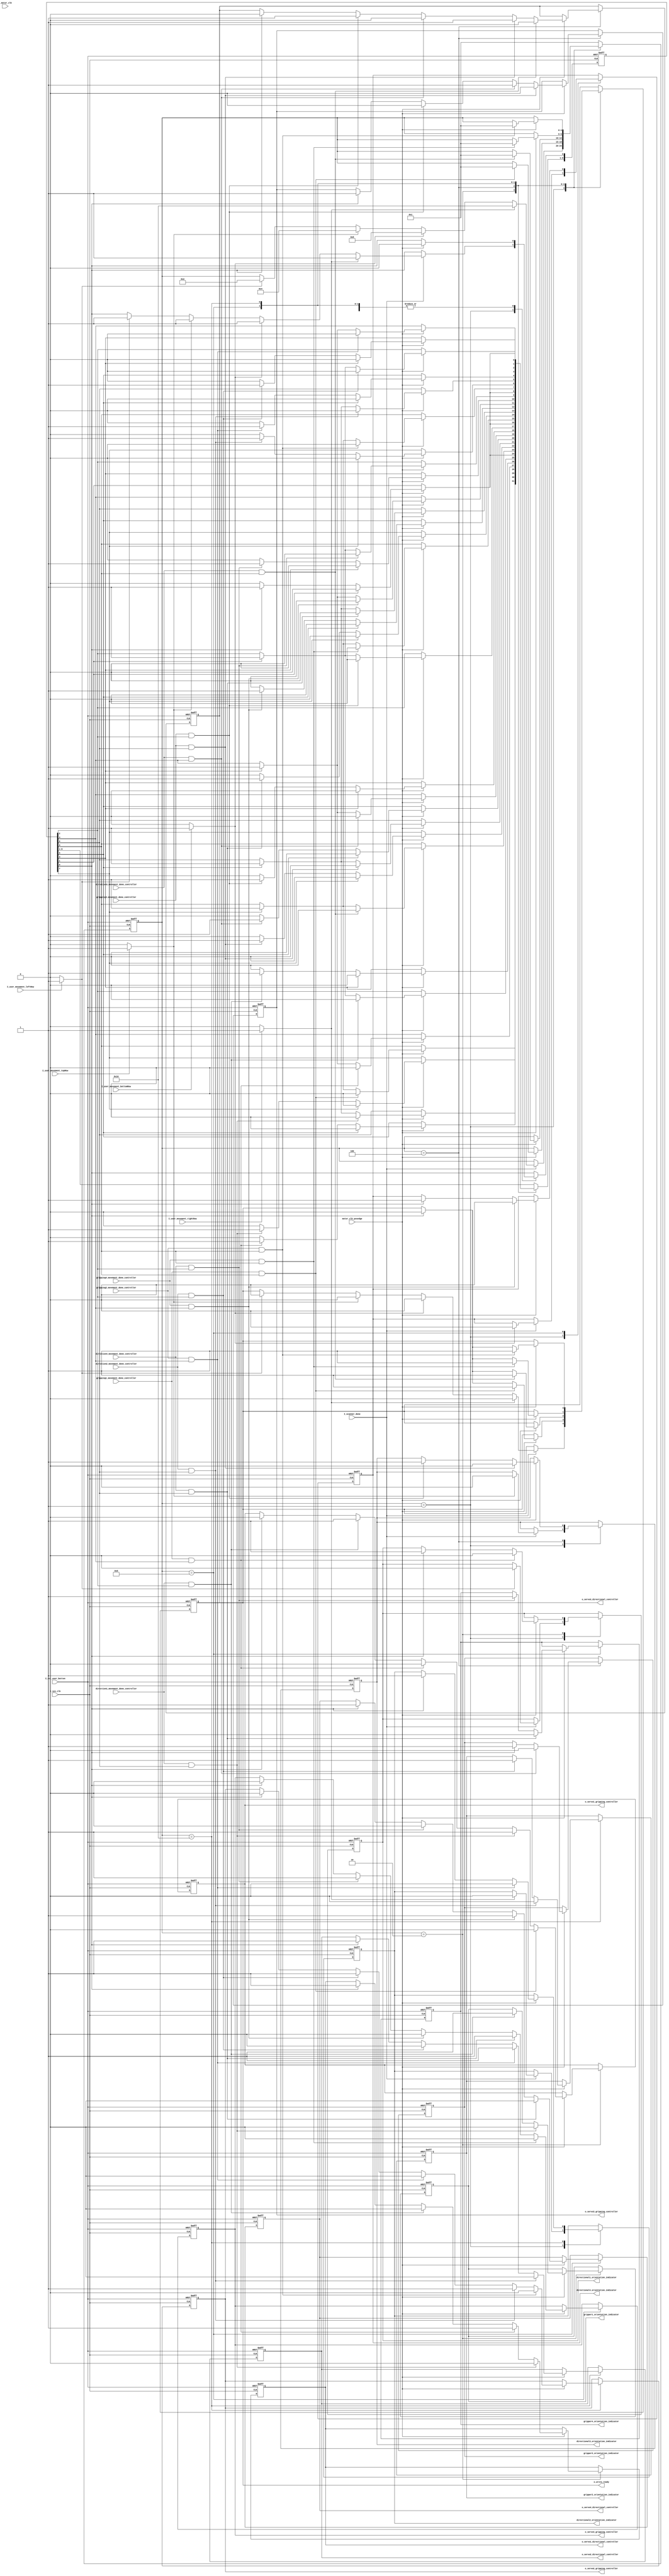
`timescale 1ns / 1ps
//////////////////////////////////////////////////////////////////////////////////
// Company: 
// Engineer: 
// 
// Design Name: 
// Module Name: user_controller
// Project Name: 
// Target Devices: 
// Tool Versions: 
// Description: 
// 
// Dependencies: 

// left column   top row  right column
    //       // // //     //
    //                    //
    //                    //
//           // // //
//           bottom row    
 
// Revision:
// Revision 0.01 - File Created

//////////////////////////////////////////////////////////////////////////////////
module user_controller
(
    input I_sys_clk,
    input I_motor_clk,
    input motor_clk_posedge,
    input I_scanner_done,
    input I_rst_user_button,
    input I_user_movement_leftRow,
    input I_user_movement_rightRow,
    input I_user_movement_topRow,
    input I_user_movement_bottomRow,

    input direction1_movement_done_controller,
    input direction2_movement_done_controller,
    input direction3_movement_done_controller,
    input direction4_movement_done_controller,
    input gripping1_movement_done_controller,
    input gripping2_movement_done_controller,
    input gripping3_movement_done_controller,
    input gripping4_movement_done_controller,

    output reg o_write_ready,
    output reg gripper1_orientation_indicator      = 0,
    output reg gripper2_orientation_indicator      = 0,
    output reg gripper3_orientation_indicator      = 0,
    output reg gripper4_orientation_indicator      = 0,
    output reg directional1_orientation_indicator  = 0,
    output reg directional2_orientation_indicator  = 0,
    output reg directional3_orientation_indicator  = 0,
    output reg directional4_orientation_indicator  = 0,
    output reg o_servo1_directional_controller     = 0,
    output reg o_servo2_directional_controller     = 0,
    output reg o_servo3_directional_controller     = 0,
    output reg o_servo4_directional_controller     = 0,
    output reg o_servo1_gripping_controller        = 0,
    output reg o_servo2_gripping_controller        = 0,
    output reg o_servo3_gripping_controller        = 0,
    output reg o_servo4_gripping_controller        = 0
);

//------------------------------------------------------------------------------------

parameter STATE_IDLE            = 5'b00001;
parameter STATE_LEFT_MOVEMENT   = 5'b00010;
parameter STATE_TOP_MOVEMENT    = 5'b00100;
parameter STATE_BOTTOM_MOVEMENT = 5'b01000;
parameter STATE_RIGHT_MOVEMENT  = 5'b10000;

//------------------------------------------------------------------------------------

assign leftRow      = (I_user_movement_leftRow)   ? 1 : 0;
assign rightRow     = (I_user_movement_rightRow)  ? 1 : 0;
assign topRow       = (I_user_movement_topRow)    ? 1 : 0;
assign bottomRow    = (I_user_movement_bottomRow) ? 1 : 0;
assign mtr_clk      = I_motor_clk;
assign scanner_done = I_scanner_done;

//------------------------------------------------------------------------------------

reg [8:0] key;
reg [8:0] key_next;
reg [4:0] current_state,current_state_next;
reg       o_write_ready_next;

reg       gripper1_orientation_indicator_next;
reg       gripper2_orientation_indicator_next;
reg       gripper3_orientation_indicator_next;
reg       gripper4_orientation_indicator_next;
reg       directional1_orientation_indicator_next;
reg       directional2_orientation_indicator_next;
reg       directional3_orientation_indicator_next;
reg       directional4_orientation_indicator_next;
reg       o_servo1_gripping_controller_next;
reg       o_servo2_gripping_controller_next;
reg       o_servo3_gripping_controller_next;
reg       o_servo4_gripping_controller_next;
reg       o_servo1_directional_controller_next;
reg       o_servo2_directional_controller_next;
reg       o_servo3_directional_controller_next;
reg       o_servo4_directional_controller_next;

//---------------------Sequential Logic----------------------------------------------
always@(posedge I_sys_clk or posedge I_rst_user_button)
begin
    if(I_rst_user_button)
    begin

        o_servo1_gripping_controller       <= 0;
        o_servo2_gripping_controller       <= 0;
        o_servo3_gripping_controller       <= 0;
        o_servo4_gripping_controller       <= 0;
        o_servo1_directional_controller    <= 0;
        o_servo2_directional_controller    <= 0;
        o_servo3_directional_controller    <= 0;
        o_servo4_directional_controller    <= 0;
        gripper1_orientation_indicator     <= 0; // 0 = initially closed
        gripper2_orientation_indicator     <= 0; // 0 = initially closed
        gripper3_orientation_indicator     <= 0; // 0 = initially opened
        gripper4_orientation_indicator     <= 0; // 0 = initially closed
        directional1_orientation_indicator <= 0;
        directional2_orientation_indicator <= 0;
        directional3_orientation_indicator <= 0;
        directional4_orientation_indicator <= 0;
        key[0]                             <= 0;
        key[1]                             <= 0;
        key[2]                             <= 0;
        key[3]                             <= 0;
        key[4]                             <= 0;
        key[5]                             <= 0;
        key[6]                             <= 0;
        key[7]                             <= 0;
        key[8]                             <= 0;
        o_write_ready                      <= 1;
        current_state                      <= STATE_IDLE;

    end
    else
    begin
        o_servo1_gripping_controller           <= o_servo1_gripping_controller_next;
        o_servo2_gripping_controller           <= o_servo2_gripping_controller_next;
        o_servo3_gripping_controller           <= o_servo3_gripping_controller_next;
        o_servo4_gripping_controller           <= o_servo4_gripping_controller_next;
        o_servo1_directional_controller        <= o_servo1_directional_controller_next;
        o_servo2_directional_controller        <= o_servo2_directional_controller_next;
        o_servo3_directional_controller        <= o_servo3_directional_controller_next;
        o_servo4_directional_controller        <= o_servo4_directional_controller_next;
        gripper1_orientation_indicator         <= gripper1_orientation_indicator_next;
        gripper2_orientation_indicator         <= gripper2_orientation_indicator_next;
        gripper3_orientation_indicator         <= gripper3_orientation_indicator_next;
        gripper4_orientation_indicator         <= gripper4_orientation_indicator_next;
        directional1_orientation_indicator     <= directional1_orientation_indicator_next;
        directional2_orientation_indicator     <= directional2_orientation_indicator_next;
        directional3_orientation_indicator     <= directional3_orientation_indicator_next;
        directional4_orientation_indicator     <= directional4_orientation_indicator_next;
        key[0]                                 <= key_next[0];
        key[1]                                 <= key_next[1];
        key[2]                                 <= key_next[2];
        key[3]                                 <= key_next[3];
        key[4]                                 <= key_next[4];
        key[5]                                 <= key_next[5];
        key[6]                                 <= key_next[6];
        key[7]                                 <= key_next[7];
        key[8]                                 <= key_next[8];
        o_write_ready                          <= o_write_ready_next;
        current_state                          <= current_state_next;

    end
end

//-------------------------Combinatorial Logic--------------------------------------------
always@(*)
begin
    o_servo1_gripping_controller_next          = o_servo1_gripping_controller;
    o_servo2_gripping_controller_next          = o_servo2_gripping_controller;
    o_servo3_gripping_controller_next          = o_servo3_gripping_controller;
    o_servo4_gripping_controller_next          = o_servo4_gripping_controller;
    o_servo1_directional_controller_next       = o_servo1_directional_controller;
    o_servo2_directional_controller_next       = o_servo2_directional_controller;
    o_servo3_directional_controller_next       = o_servo3_directional_controller;
    o_servo4_directional_controller_next       = o_servo4_directional_controller;
    gripper1_orientation_indicator_next        = gripper1_orientation_indicator;
    gripper2_orientation_indicator_next        = gripper2_orientation_indicator;
    gripper3_orientation_indicator_next        = gripper3_orientation_indicator;
    gripper4_orientation_indicator_next        = gripper4_orientation_indicator;
    directional1_orientation_indicator_next    = directional1_orientation_indicator;
    directional2_orientation_indicator_next    = directional2_orientation_indicator;
    directional3_orientation_indicator_next    = directional3_orientation_indicator;
    directional4_orientation_indicator_next    = directional4_orientation_indicator;
    key_next[0]                                = key[0];
    key_next[1]                                = key[1];
    key_next[2]                                = key[2];
    key_next[3]                                = key[3];
    key_next[4]                                = key[4];
    key_next[5]                                = key[5];
    key_next[6]                                = key[6];
    key_next[7]                                = key[7];
    key_next[8]                                = key[8];
    o_write_ready_next                         = o_write_ready;
    current_state_next                         = current_state;

    case(current_state)
    //------------------------------------------------------------------------------------
    STATE_IDLE: //00001
    begin
        if(scanner_done == 1)
        begin

            if(leftRow == 1)
            begin
                directional1_orientation_indicator_next    = 0;
                o_write_ready_next                         = 0;
                key_next[0]                                = 1;
                current_state_next                         = STATE_LEFT_MOVEMENT;

            end

            if(topRow == 1)
            begin
                directional3_orientation_indicator_next    = 0;
                o_write_ready_next                         = 0;
                key_next[0]                                = 1;
                current_state_next                         = STATE_TOP_MOVEMENT;

            end

            if(bottomRow == 1)
            begin
                directional4_orientation_indicator_next    = 0;
                o_write_ready_next                         = 0;
                key_next[0]                                = 1;
                current_state_next                         = STATE_BOTTOM_MOVEMENT;

            end

            if(rightRow == 1)
            begin
                directional2_orientation_indicator_next    = 0;
                o_write_ready_next                         = 0;
                key_next[0]                                = 1;
                current_state_next                         = STATE_RIGHT_MOVEMENT;
            end
        end

    end
    //------------------------------------------------------------------------------------
    STATE_LEFT_MOVEMENT: //00010
    begin
        if(motor_clk_posedge == 1)
        begin
            if(key[0] == 1)
            begin

                o_write_ready_next                         = 0;
                o_servo1_gripping_controller_next          = 0;
                o_servo1_directional_controller_next       = 1; //90 degrees right
                directional1_orientation_indicator_next    = 1;
                key_next[0]                                = 0;
                key_next[1]                                = 1;

            end

            if(key[1] == 1)
            begin

                key_next[1] = 0;
                key_next[2] = 1;

            end

            if(direction1_movement_done_controller == 1 && key[2] == 1)
            begin

                o_servo1_directional_controller_next   = 0;
                o_servo1_gripping_controller_next      = 1; // opened @90 degrees
                gripper1_orientation_indicator_next    = 1;
                key_next[2]                            = 0;
                key_next[3]                            = 1;

            end

            if(key[3] == 1)
            begin

                key_next[3] = 0;
                key_next[4] = 1;

            end

            if(gripping1_movement_done_controller == 1 && key[4] == 1)
            begin

                o_servo1_gripping_controller_next         = 0;
                o_servo1_directional_controller_next      = 1;//90 degrees right
                directional1_orientation_indicator_next   = 0;
                key_next[4]                               = 0;
                key_next[5]                               = 1;

            end

            if(key[5] == 1)
            begin

                key_next[5] = 0;
                key_next[6] = 1;

            end

            if(direction1_movement_done_controller == 1 && key[6] == 1)
            begin

                o_servo1_directional_controller_next   = 0;
                o_servo1_gripping_controller_next      = 1; //closed @180 degrees
                gripper1_orientation_indicator_next    = 0;
                key_next[6]                            = 0;
                key_next[7]                            = 1;

            end

            if(key[7] == 1)
            begin

                key_next[7]   = 0;
                key_next[8] = 1;

            end

            if(gripping1_movement_done_controller == 1 && key[8] == 1)
            begin

                o_servo1_gripping_controller_next   = 0;
                key_next[8]                         = 0;
                o_write_ready_next                  = 1;
                current_state_next                  = STATE_IDLE;

            end
       end
      end
    //------------------------------------------------------------------------------------
    STATE_TOP_MOVEMENT: //00100
    begin
        if(motor_clk_posedge == 1)
        begin
            if(key[0] == 1)
            begin

                o_write_ready_next                      = 0;
                o_servo3_gripping_controller_next       = 1; //closed @180 degrees
                gripper3_orientation_indicator_next     = 1;
                o_servo3_directional_controller_next    = 0;
                key_next[0]                             = 0;
                key_next[1]                             = 1;

            end

            if(key[1] == 1)
            begin

                key_next[1] = 0;
                key_next[2] = 1;

            end

            if(gripping3_movement_done_controller == 1 && key[2] == 1)
            begin

                o_servo3_directional_controller_next      = 1;// 90 degrees right
                directional3_orientation_indicator_next   = 1;
                o_servo3_gripping_controller_next         = 0;
                key_next[2]                               = 0;
                key_next[3]                               = 1;

            end

            if(key[3] == 1)
            begin

                key_next[3] = 0;
                key_next[4] = 1;

            end

            if(direction3_movement_done_controller == 1 && key[4] == 1)
            begin

                o_servo3_directional_controller_next   = 0;
                o_servo3_gripping_controller_next      = 1;//opened @90 degrees
                gripper3_orientation_indicator_next    = 0;
                key_next[4]                            = 0;
                key_next[5]                            = 1;

            end

            if(key[5] == 1)
            begin

                key_next[5] = 0;
                key_next[6] = 1;

            end

            if(gripping3_movement_done_controller == 1 && key[6] == 1)
            begin

                o_servo3_directional_controller_next      = 1; //90 degrees right, open @180
                directional3_orientation_indicator_next   = 0;
                o_servo3_gripping_controller_next         = 0;
                key_next[6]                               = 0;
                key_next[7]                               = 1;

            end

            if(key[7] == 1)
            begin

                key_next[7] = 0;
                key_next[8] = 1;

            end

            if(direction3_movement_done_controller == 1 && key[8] == 1)
            begin

                o_servo3_directional_controller_next   = 0;
                key_next[8]                            = 0;
                o_write_ready_next                     = 1;
                current_state_next                     = STATE_IDLE;

            end
        end
    end
    //------------------------------------------------------------------------------------
    STATE_BOTTOM_MOVEMENT: //01000
    begin
        if(motor_clk_posedge == 1)
        begin
            if(key[0] == 1)
            begin

                o_write_ready_next                         = 0;
                o_servo4_gripping_controller_next          = 0;
                o_servo4_directional_controller_next       = 1; //90 degrees right
                directional4_orientation_indicator_next    = 1;
                key_next[0]                                = 0;
                key_next[1]                                = 1;

            end

            if(key[1] == 1)
            begin

                key_next[1] = 0;
                key_next[2] = 1;

            end

            if(direction4_movement_done_controller == 1 && key[2] == 1)
            begin

                o_servo4_directional_controller_next   = 0;
                o_servo4_gripping_controller_next      = 1; // opened @90 degrees
                gripper4_orientation_indicator_next    = 1;
                key_next[2]                            = 0;
                key_next[3]                            = 1;

            end

            if(key[3] == 1)
            begin

                key_next[3] = 0;
                key_next[4] = 1;

            end

            if(gripping4_movement_done_controller == 1 && key[4] == 1)
            begin

                o_servo4_gripping_controller_next         = 0;
                o_servo4_directional_controller_next      = 1;//90 degrees right
                directional4_orientation_indicator_next   = 0;
                key_next[4]                               = 0;
                key_next[5]                               = 1;

            end

            if(key[5] == 1)
            begin

                key_next[5] = 0;
                key_next[6] = 1;

            end

            if(direction4_movement_done_controller == 1 && key[6] == 1)
            begin

                o_servo4_directional_controller_next   = 0;
                o_servo4_gripping_controller_next      = 1; //closed @180 degrees
                gripper4_orientation_indicator_next    = 0;
                key_next[6]                            = 0;
                key_next[7]                            = 1;

            end

            if(key[7] == 1)
            begin

                key_next[7] = 0;
                key_next[8] = 1;

            end

            if(gripping4_movement_done_controller == 1 && key[8] == 1)
            begin

                o_servo4_gripping_controller_next      = 0;
                key_next[8]                            = 0;
                o_write_ready_next                     = 1;
                current_state_next                     = STATE_IDLE;

            end
        end
    end
    //------------------------------------------------------------------------------------
    STATE_RIGHT_MOVEMENT: //10000
    begin
        if(motor_clk_posedge == 1)
        begin
            if(key[0] == 1)
            begin

                o_write_ready_next                         = 0;
                o_servo2_gripping_controller_next          = 0;
                o_servo2_directional_controller_next       = 1; //90 degrees right
                directional2_orientation_indicator_next    = 1;
                key_next[0]                                = 0;
                key_next[1]                                = 1;

            end

            if(key[1] == 1)
            begin

                key_next[1] = 0;
                key_next[2] = 1;

            end

            if(direction2_movement_done_controller == 1 && key[2] == 1)
            begin

                o_servo2_directional_controller_next   = 0;
                o_servo2_gripping_controller_next      = 1; // opened @90 degrees
                gripper2_orientation_indicator_next    = 1;
                key_next[2]                            = 0;
                key_next[3]                            = 1;

            end

            if(key[3] == 1)
            begin

                key_next[3] = 0;
                key_next[4] = 1;

            end

            if(gripping2_movement_done_controller == 1 && key[4] == 1)
            begin

                o_servo2_gripping_controller_next         = 0;
                o_servo2_directional_controller_next      = 1;//opened @180 degrees
                directional2_orientation_indicator_next   = 0;
                key_next[4]                               = 0;
                key_next[5]                               = 1;

            end

            if(key[5] == 1)
            begin

                key_next[5] = 0;
                key_next[6] = 1;

            end

            if(direction2_movement_done_controller == 1 && key[6] == 1)
            begin

                o_servo2_directional_controller_next   = 0;
                o_servo2_gripping_controller_next      = 1; //closed @180 degrees
                gripper2_orientation_indicator_next    = 0;
                key_next[6]                            = 0;
                key_next[7]                            = 1;

            end

            if(key[7] == 1)
            begin

                key_next[7] = 0;
                key_next[8] = 1;

            end

            if(gripping2_movement_done_controller == 1 && key[8] == 1)
            begin

                o_servo2_gripping_controller_next      = 0;
                key_next[8]                            = 0;
                o_write_ready_next                     = 1;
                current_state_next                     = STATE_IDLE;

            end
        end
    end
    //------------------------------------------------------------------------------------
    default:
    begin

        current_state_next = STATE_IDLE;

    end
    //------------------------------------------------------------------------------------
    endcase
end
//----------------------------------------------------------------------------------------
endmodule